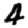
Digit: 4